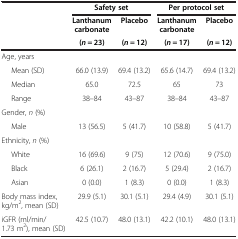
<table><thead><tr><td><b> </b></td><td colspan="2"><b>Safety set</b></td><td colspan="2"><b>Per protocol set</b></td></tr><tr><td rowspan="2"><b> </b></td><td><b>Lanthanum carbonate</b></td><td><b>Placebo</b></td><td><b>Lanthanum carbonate</b></td><td><b>Placebo</b></td></tr><tr><td><b>(<i>n</i> = 23)</b></td><td><b>(<i>n</i> = 12)</b></td><td><b>(<i>n</i> = 17)</b></td><td><b>(<i>n</i> = 12)</b></td></tr></thead><tbody><tr><td>Age, years</td><td> </td><td> </td><td> </td><td> </td></tr><tr><td>Mean (SD)</td><td>66.0 (13.9)</td><td>69.4 (13.2)</td><td>65.6 (14.7)</td><td>69.4 (13.2)</td></tr><tr><td>Median</td><td>65.0</td><td>72.5</td><td>65</td><td>73</td></tr><tr><td>Range</td><td>38–84</td><td>43–87</td><td>38–84</td><td>43–87</td></tr><tr><td>Gender, <i>n</i> (%)</td><td> </td><td> </td><td> </td><td> </td></tr><tr><td>Male</td><td>13 (56.5)</td><td>5 (41.7)</td><td>10 (58.8)</td><td>5 (41.7)</td></tr><tr><td>Ethnicity, <i>n</i> (%)</td><td> </td><td> </td><td> </td><td> </td></tr><tr><td>White</td><td>16 (69.6)</td><td>9 (75)</td><td>12 (70.6)</td><td>9 (75.0)</td></tr><tr><td>Black</td><td>6 (26.1)</td><td>2 (16.7)</td><td>5 (29.4)</td><td>2 (16.7)</td></tr><tr><td>Asian</td><td>0 (0.0)</td><td>1 (8.3)</td><td>0 (0.0)</td><td>1 (8.3)</td></tr><tr><td>Body mass index, kg/m<sup>2</sup>, mean (SD)</td><td>29.9 (5.1)</td><td>30.1 (5.1)</td><td>29.4 (4.9)</td><td>30.1 (5.1)</td></tr><tr><td>iGFR (ml/min/1.73 m<sup>2</sup>), mean (SD)</td><td>42.5 (10.7)</td><td>48.0 (13.1)</td><td>42.2 (10.1)</td><td>48.0 (13.1)</td></tr></tbody></table>